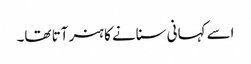
اسے کہانی سنانے کا ہنر آتا تھا۔